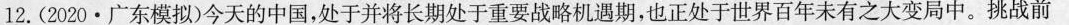
12.(2020·广东模拟)今天的中国，处于并将长期处于重要战略机遇期，也正处于世界百年未有之大变局中。挑战前